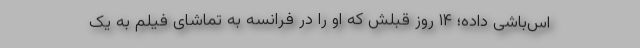
اس‌باشی داده؛ ۱۴ روز قبلش که او را در فرانسه به تماشای فیلم به یک